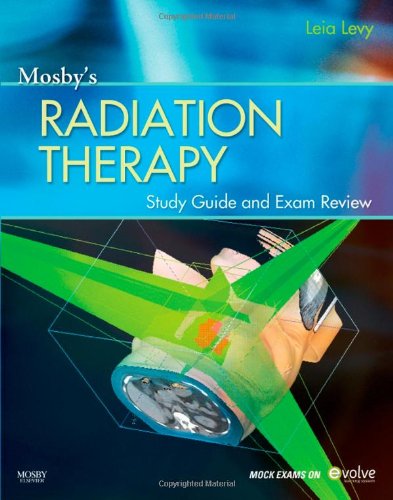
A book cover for Mosby's Radiation Therapy Study Guide and Exam Review (Print w/Access Code), 1e; Leia Levy MAdEd(Masters in Adult Education)  RT(T); Education & Teaching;